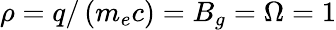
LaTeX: \rho=q/\left(m_{e}c\right)=B_{g}=\Omega=1